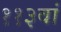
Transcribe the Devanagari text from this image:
११३वां